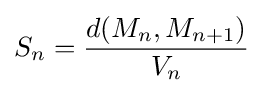
S_{n}={\frac {d(M_{n},M_{n+1})}{V_{n}}}